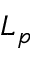
L _ { p }